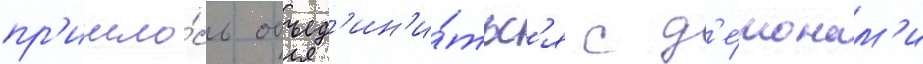
пр'ишло́сь объед'ин'и́тьс'я с д'е́монам'и